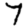
Digit: 7